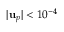
| \mathbf { u } _ { p } | < 1 0 ^ { - 4 }